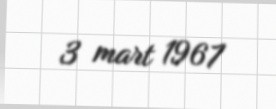
3 mart 1967